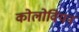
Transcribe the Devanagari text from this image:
कोलोवियन